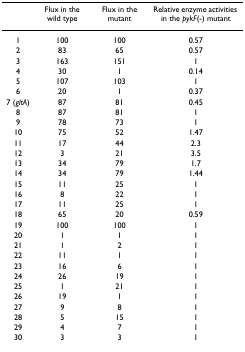
|  | Flux in the wild type | Flux in the mutant | Relative enzyme activities in the pykF(-) mutant |
 | --- | --- | --- | --- |
 | 1 | 100 | 100 | 0.57 |
 | 2 | 83 | 65 | 0.57 |
 | 3 | 163 | 151 | 1 |
 | 4 | 30 | 1 | 0.14 |
 | 5 | 107 | 103 | 1 |
 | 6 | 20 | 1 | 0.37 |
 | 7 (gltA) | 87 | 81 | 0.45 |
 | 8 | 87 | 81 | 1 |
 | 9 | 78 | 73 | 1 |
 | 10 | 75 | 52 | 1.47 |
 | 11 | 17 | 44 | 2.3 |
 | 12 | 3 | 21 | 3.5 |
 | 13 | 34 | 79 | 1.7 |
 | 14 | 34 | 79 | 1.44 |
 | 15 | 11 | 25 | 1 |
 | 16 | 8 | 22 | 1 |
 | 17 | 11 | 25 | 1 |
 | 18 | 65 | 20 | 0.59 |
 | 19 | 100 | 100 | 1 |
 | 20 | 1 | 1 | 1 |
 | 21 | 1 | 2 | 1 |
 | 22 | 11 | 1 | 1 |
 | 23 | 16 | 6 | 1 |
 | 24 | 26 | 19 | 1 |
 | 25 | 1 | 21 | 1 |
 | 26 | 19 | 1 | 1 |
 | 27 | 9 | 8 | 1 |
 | 28 | 5 | 15 | 1 |
 | 29 | 4 | 7 | 1 |
 | 30 | 3 | 3 | 1 |